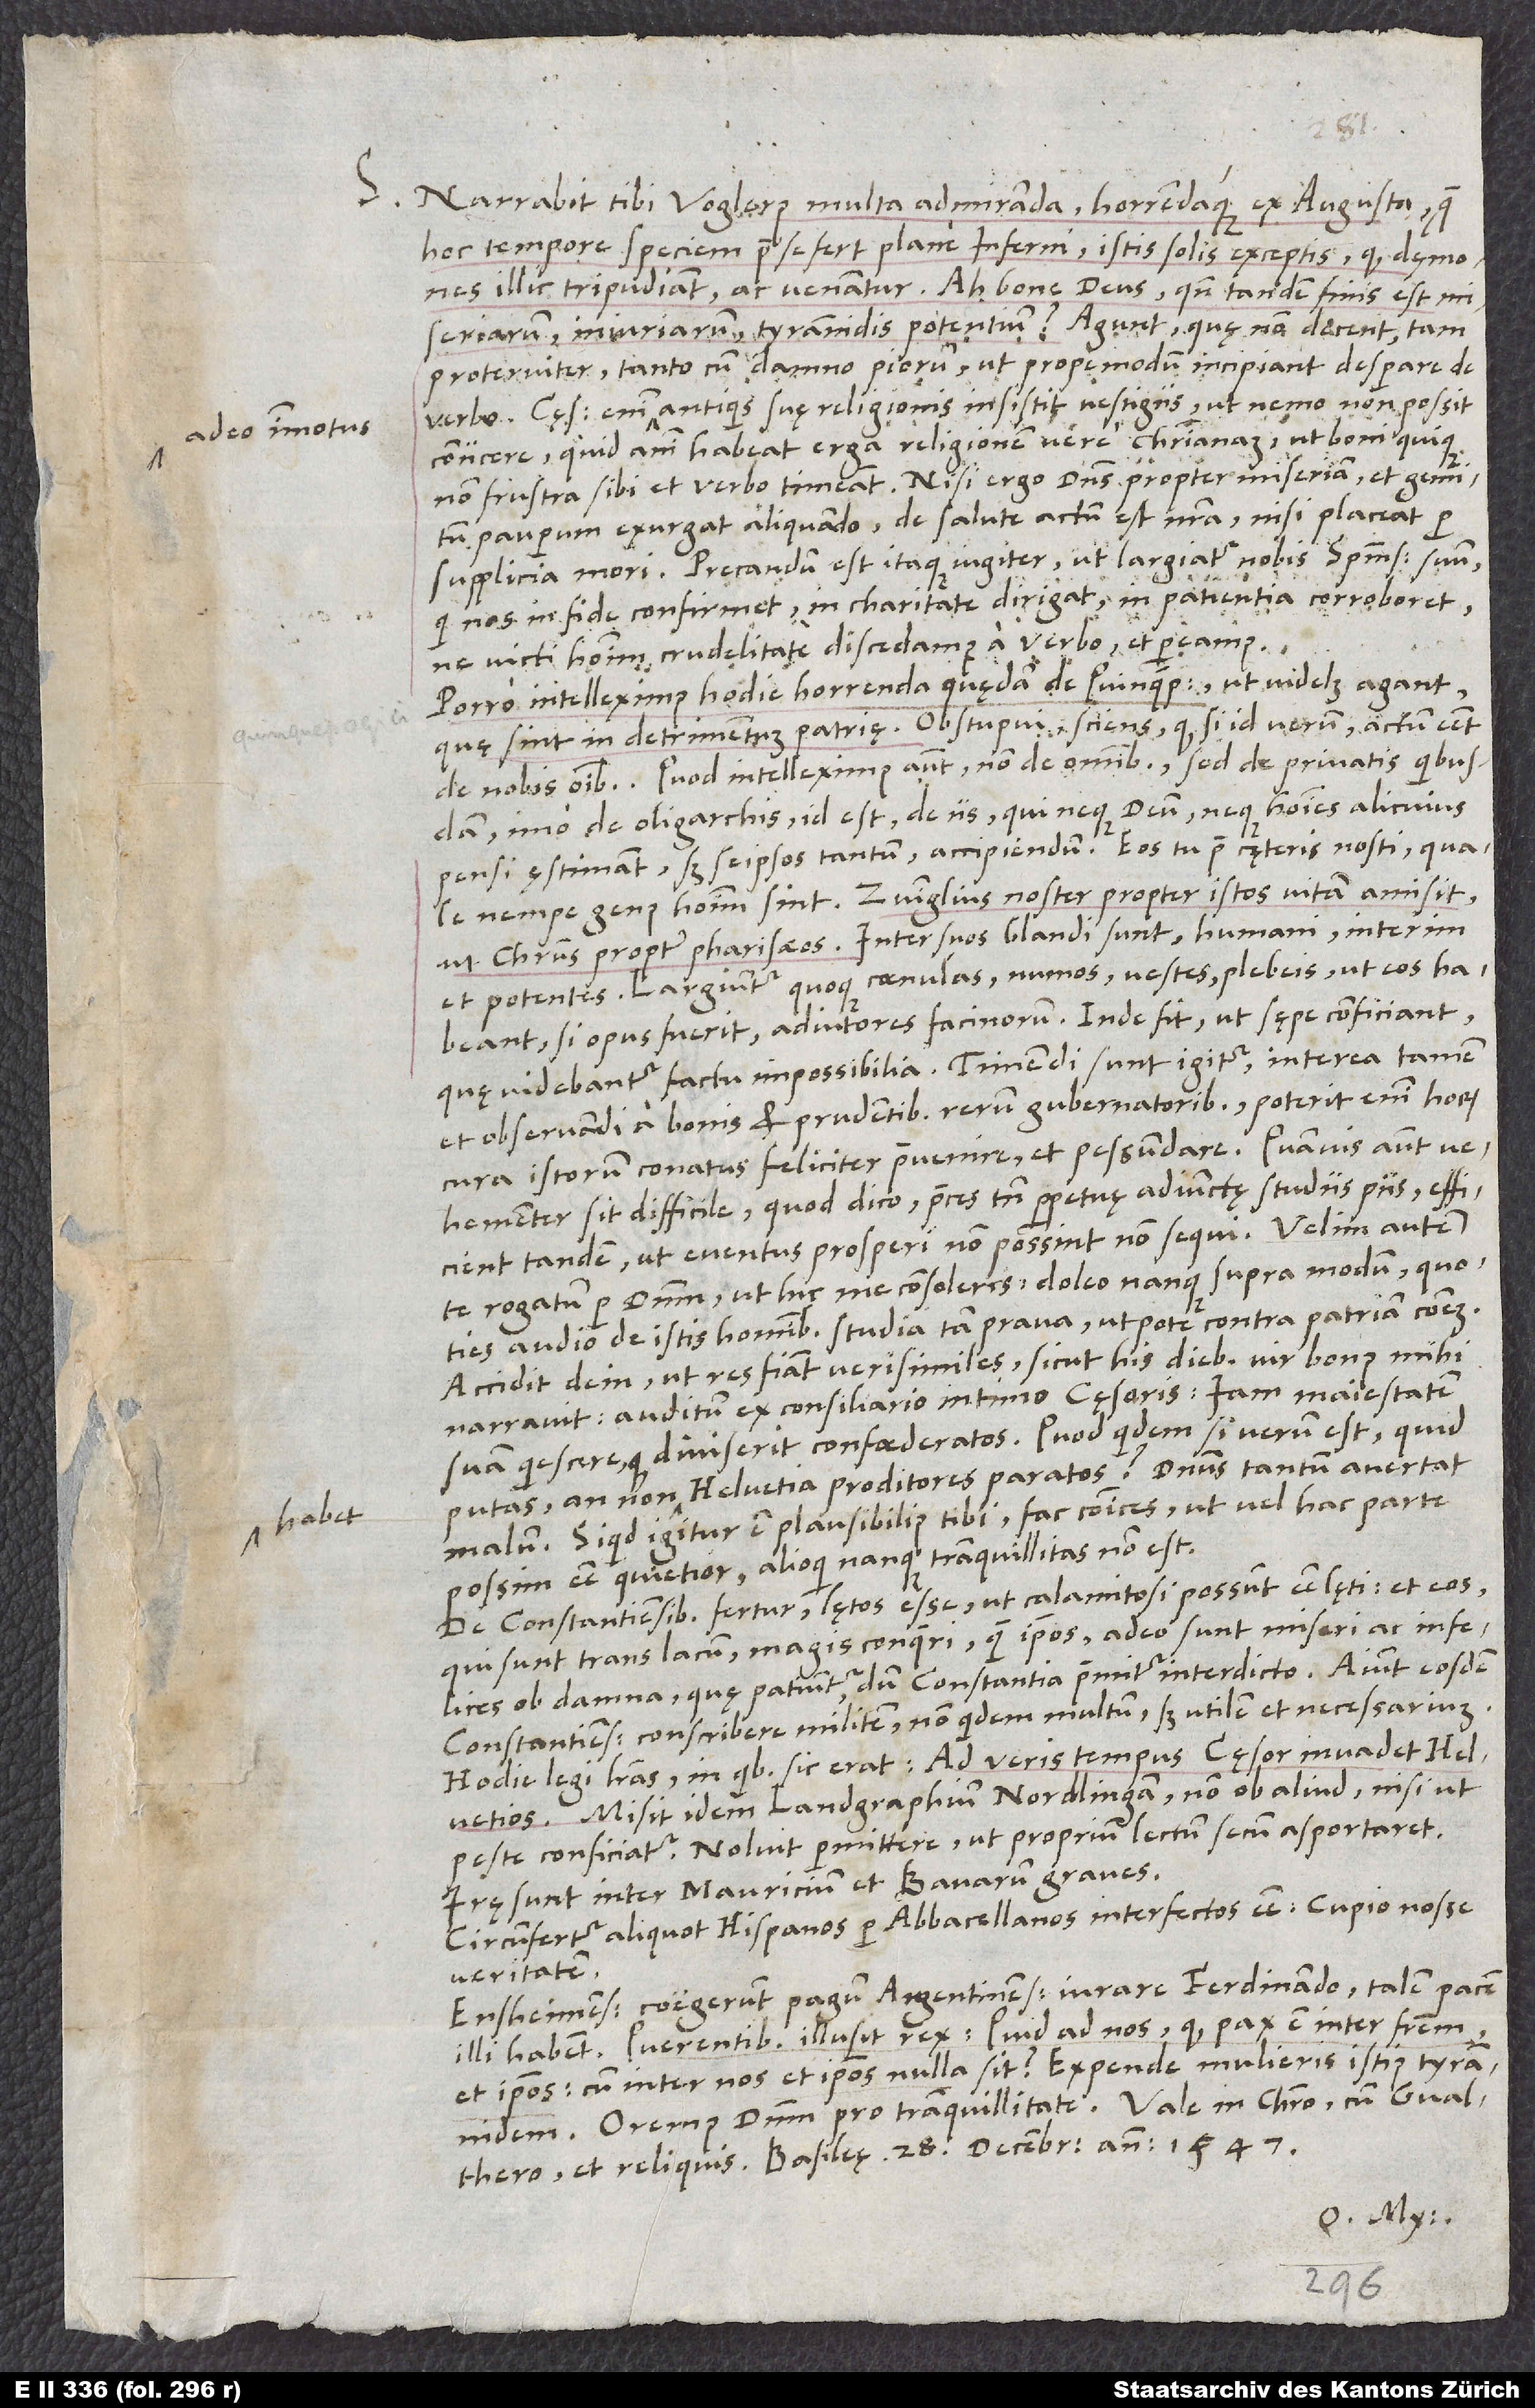
adeo immotus

S. Narrabit tibi Voglerus multa admiranda horrendaque ex Augusta, quae
hoc tempore speciem prae se fert plane inferni, istis solis exceptis, quod dęmones
illic tripudiant ac venantur. Ah bone deus, quando tandem finis est
miseriarum, iniuriarum, tyrannidis potentium? Agunt, quę non decent, tam
proterviter, tanto cum damno piorum, ut propemodum incipiant desperare de
coniicere, quid animi habeat erga religionem vere christianam, ut boni quique
non frustra sibi et verbo timeant. Nisi ergo dominus propter miseriam et gemitum
pauperum exurgat aliquando, de salute actum est nostra, nisi placeat
supplicia mori. Precandum est itaque iugiter, ut largiatur nobis spiritum sanctum suum,
qui nos in fide confirmet, in charitate dirigat, in patientia corroboret,
D.
ne victi hominum crudelitate discedamus a verbo et pereamus.
Porro intelleximus hodie horrenda quędam de Quinquepagicis, ut videlicet agant,
quę sint in detrimentum patrię. Obstupui sciens, quod, si id verum, actum esset
de nobis omnibus (quod intelleximus, non de omnibus sed de privatis quibusdam,
imo de oligarchis, id est de iis, qui neque deum neque homines alicuius
pensi ęstimant, sed seipsos tantum, accipiendum)! Eos tu prae cęteris nosti, quale
nempe genus hominum sint. Zvinglius noster propter istos vitam amisit
ut Christus propter pharisaeos. Inter suos blandi sunt, humani, interim
et potentes. Largiuntur quoque caenulas, numos, vestes plebeis, ut eos habeant,
si opus fuerit, adiutores facinorum. Inde fit, ut sępe conficiant,
quę videbantur factu impossibilia. Timendi sunt igitur, interea tamen
et observandi a bonis et prudentibus rerum gubernatoribus. Poterit enim horum
cura istorum conatus feliciter praevenire et pessundare. Quamvis autem
vehementer sit difficile, quod dico, preces tamen perpetuę adiunctę studiis piis efficient
tandem, ut eventus prosperi non possint non sequi. Velim autem
te rogatum per dominum, ut hic me consoleris. Doleo nanque supra modum, quoties
audio de istis hominibus studia tam prava, utpote contra patriam communem.
Accidit dein, ut res fiant verisimiles, sicut his diebus vir bonus mihi
narravit auditum ex consiliario intimo cęsaris, iam maiestatem
suam quiescere, quod diviserit confoederatos. Quod quidem, si verum est? Quid
putas? Annon habet Helvetia proditores paratos? Dominus tantum avertat
malum! Si quid igitur est plausibilius tibi, fac communices, ut vel hac parte
possim esse quietior, alioqui nanque tranquillitas non est.
De Constantiensibus fertur lętos esse, ut calamitosi possunt esse lęti, et eos,
qui sunt trans lacum, magis conqueri quam ipsos, adeo sunt miseri ac infelices
ob damna, quę patiuntur, dum Constantia premitur interdicto. Aiunt eosdem
Constantienses conscribere militem, non quidem multum, sed utilem et necessarium.
Hodie legi literas, in quibus sic erat: „Ad veris tempus cęsar invadet Helvetios.
Misit idem landgraphium Nordlingam non ob aliud, nisi ut
peste conficiatur. Noluit permittere, ut proprium lectum secum asportaret.
Irę sunt inter Mauricium et Bavarum graves.“
Circumfertur aliquot Hispanos per Abbacellanos interfectos esse. Cupio nosse
veritatem.
Ensheimenses coegerunt pagum Argentinensem iurare Ferdinando. Talem pacem
illi habent! Querentibus illusit rex: „Quid ad nos, quod pax est inter fratrem
et ipsos, cum inter nos et ipsos nulla sit!“ Expende mulieris istius tyrannidem!
Gvalthero et reliquis. Basileę, 28. decembris anno 1547.
O. My.